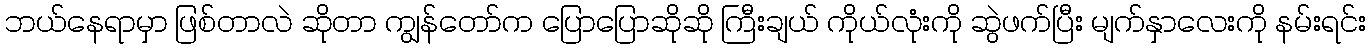
ဘယ်နေရာမှာ ဖြစ်တာလဲ ဆိုတာ ကျွန်တော်က ပြောပြောဆိုဆို ကြီးချယ် ကိုယ်လုံးကို ဆွဲဖက်ပြီး မျက်နှာလေးကို နမ်းရင်း